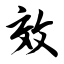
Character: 效